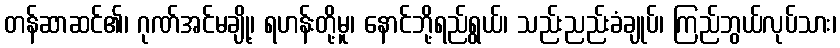
တန်ဆာဆင်၏၊ ဂုဏ်အင်မချို့၊ ရဟန်းတို့မူ၊ နောင်ဘို့ရည်ရွယ်၊ သည်းညည်းခံချုပ်၊ ကြည်ဘွယ်လုပ်သား၊